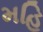
મહિ